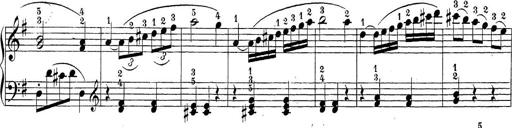
Title: Sonatina Album
Composer: Louis KÃ¶hler